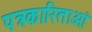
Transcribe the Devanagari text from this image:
पत्रकारिताओं